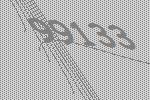
99133